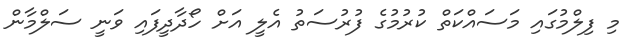
މި ފިލްމުގައި މަސައްކަތް ކުރުމުގެ ފުރުސަތު އެލީ އަށް ހޯދާދީފައި ވަނީ ސަލްމާން